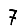
Digit: 7